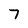
Character: 7